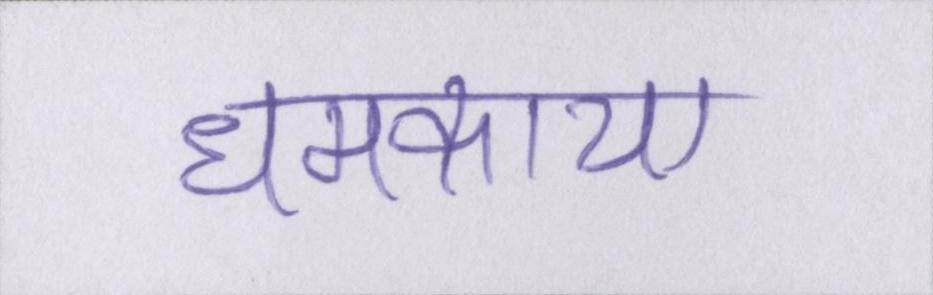
धमकाया